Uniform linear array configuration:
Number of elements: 32
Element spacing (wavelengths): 1
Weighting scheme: exponential
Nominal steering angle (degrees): -30
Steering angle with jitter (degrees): -29.12
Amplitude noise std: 0.05
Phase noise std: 0.05

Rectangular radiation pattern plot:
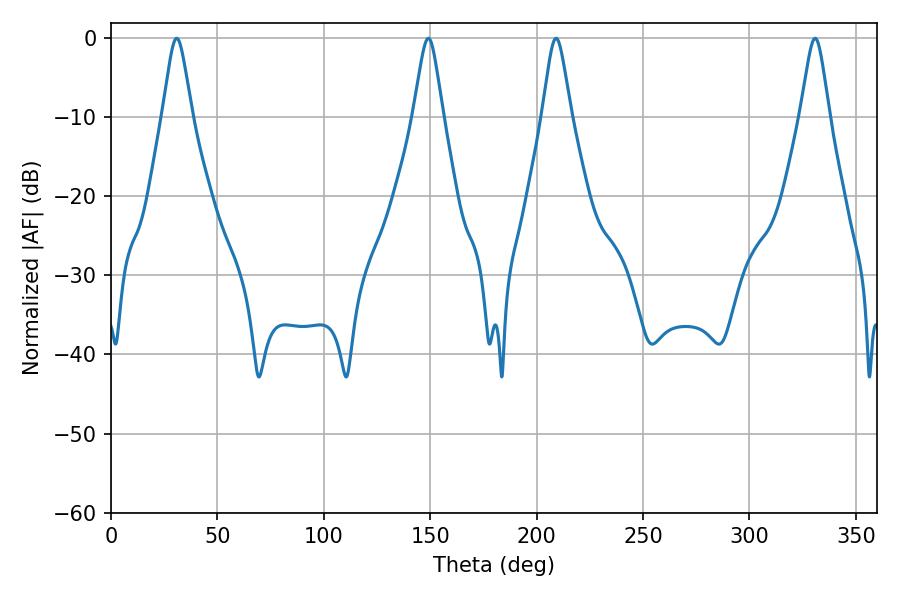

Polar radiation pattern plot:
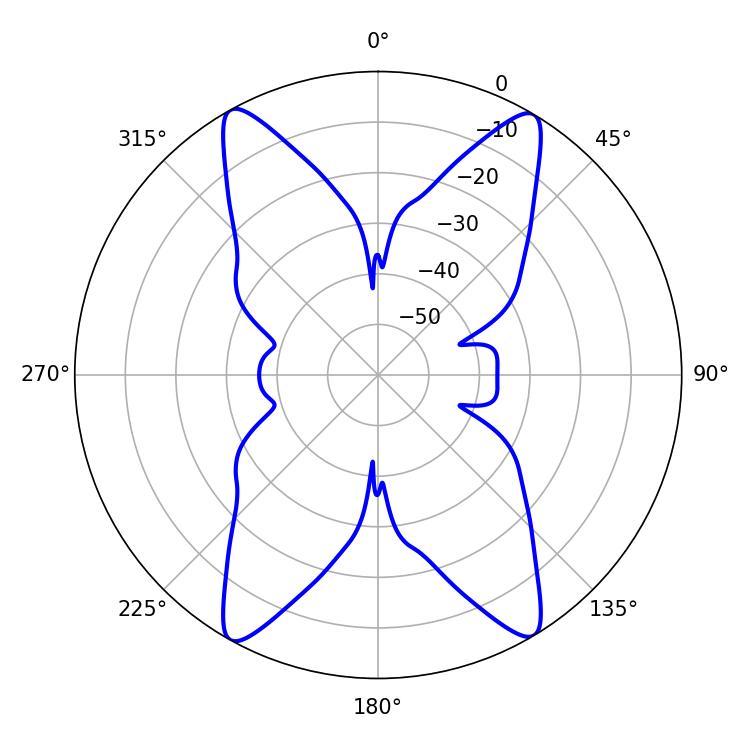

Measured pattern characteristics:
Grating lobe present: TRUE
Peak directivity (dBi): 23.163
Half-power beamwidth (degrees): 6.48
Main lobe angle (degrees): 330.84